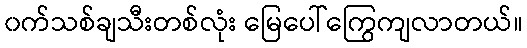
၀က်သစ်ချသီးတစ်လုံး မြေပေါ်ကြွေကျလာတယ်။